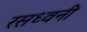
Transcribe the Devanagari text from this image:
रसध्वनी